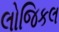
લોજિકલ